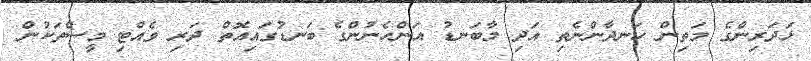
ޅަދަރިންގެ މަތިން ހަނދާންނެތި އަދި މާބަނޑު އަންހެނުންގެ ބަނޑުގައިއޮތް ދަރި ވެއްޓި މީސްތަކުން